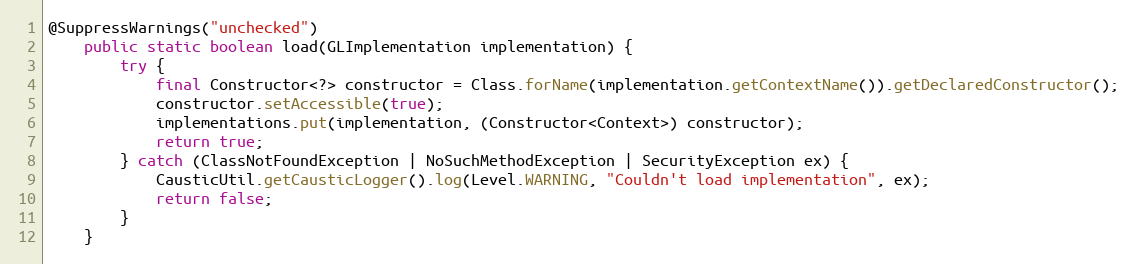
Language: Java
@SuppressWarnings("unchecked")
    public static boolean load(GLImplementation implementation) {
        try {
            final Constructor<?> constructor = Class.forName(implementation.getContextName()).getDeclaredConstructor();
            constructor.setAccessible(true);
            implementations.put(implementation, (Constructor<Context>) constructor);
            return true;
        } catch (ClassNotFoundException | NoSuchMethodException | SecurityException ex) {
            CausticUtil.getCausticLogger().log(Level.WARNING, "Couldn't load implementation", ex);
            return false;
        }
    }